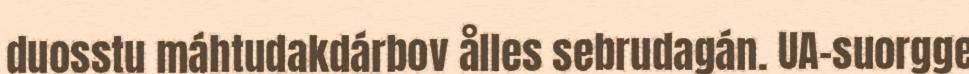
duosstu máhtudakdárbov ålles sebrudagán. UA-suorgge